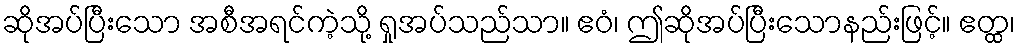
ဆိုအပ်ပြီးသော အစီအရင်ကဲ့သို့ ရှုအပ်သည်သာ။ ဧဝံ၊ ဤဆိုအပ်ပြီးသောနည်းဖြင့်။ ဧတ္ထ၊